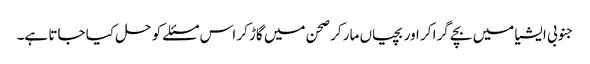
جنوبی ایشیا میں‌ بچے گرا کر اور بچیاں‌ مار کر صحن میں‌ گاڑ کر اس مسئلے کو حل کیا جاتا ہے۔